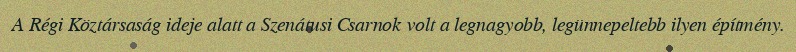
A Régi Köztársaság ideje alatt a Szenátusi Csarnok volt a legnagyobb, legünnepeltebb ilyen építmény.